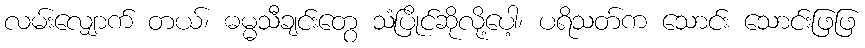
လမ်းလျှောက် တယ်၊ ဓမ္မသီချင်းတွေ သံပြိုင်ဆိုလို့ပေါ့၊ ပရိသတ်က သောင်း သောင်းဖြဖြ